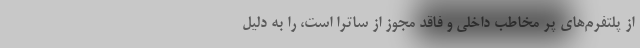
از پلتفرم‌های پر مخاطب داخلی و فاقد مجوز از ساترا است، را به دلیل